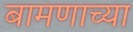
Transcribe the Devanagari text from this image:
बामणाच्या